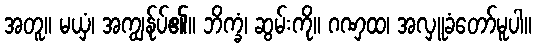
အတူ။ မယှံ၊ အကျွန်ုပ်၏။ ဘိက္ခံ၊ ဆွမ်းကို။ ဂဏှထ၊ အလှူခံတော်မူပါ။